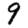
Digit: 9